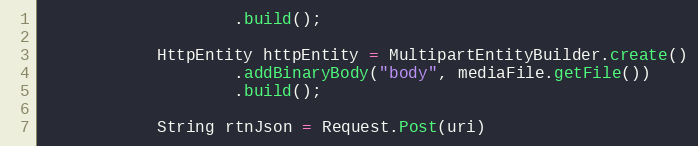
Language: Java
                    .build();

            HttpEntity httpEntity = MultipartEntityBuilder.create()
                    .addBinaryBody("body", mediaFile.getFile())
                    .build();

            String rtnJson = Request.Post(uri)